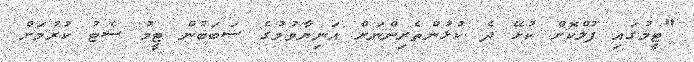
"ޓީމުގައި ފުލްކޮށް ކުޅޭ ދެ ކުޅުންތެރިންނަށް އަނިޔާވުމުގެ ސަބަބުން ޓީމު ސެޓު ކުރުމަށް